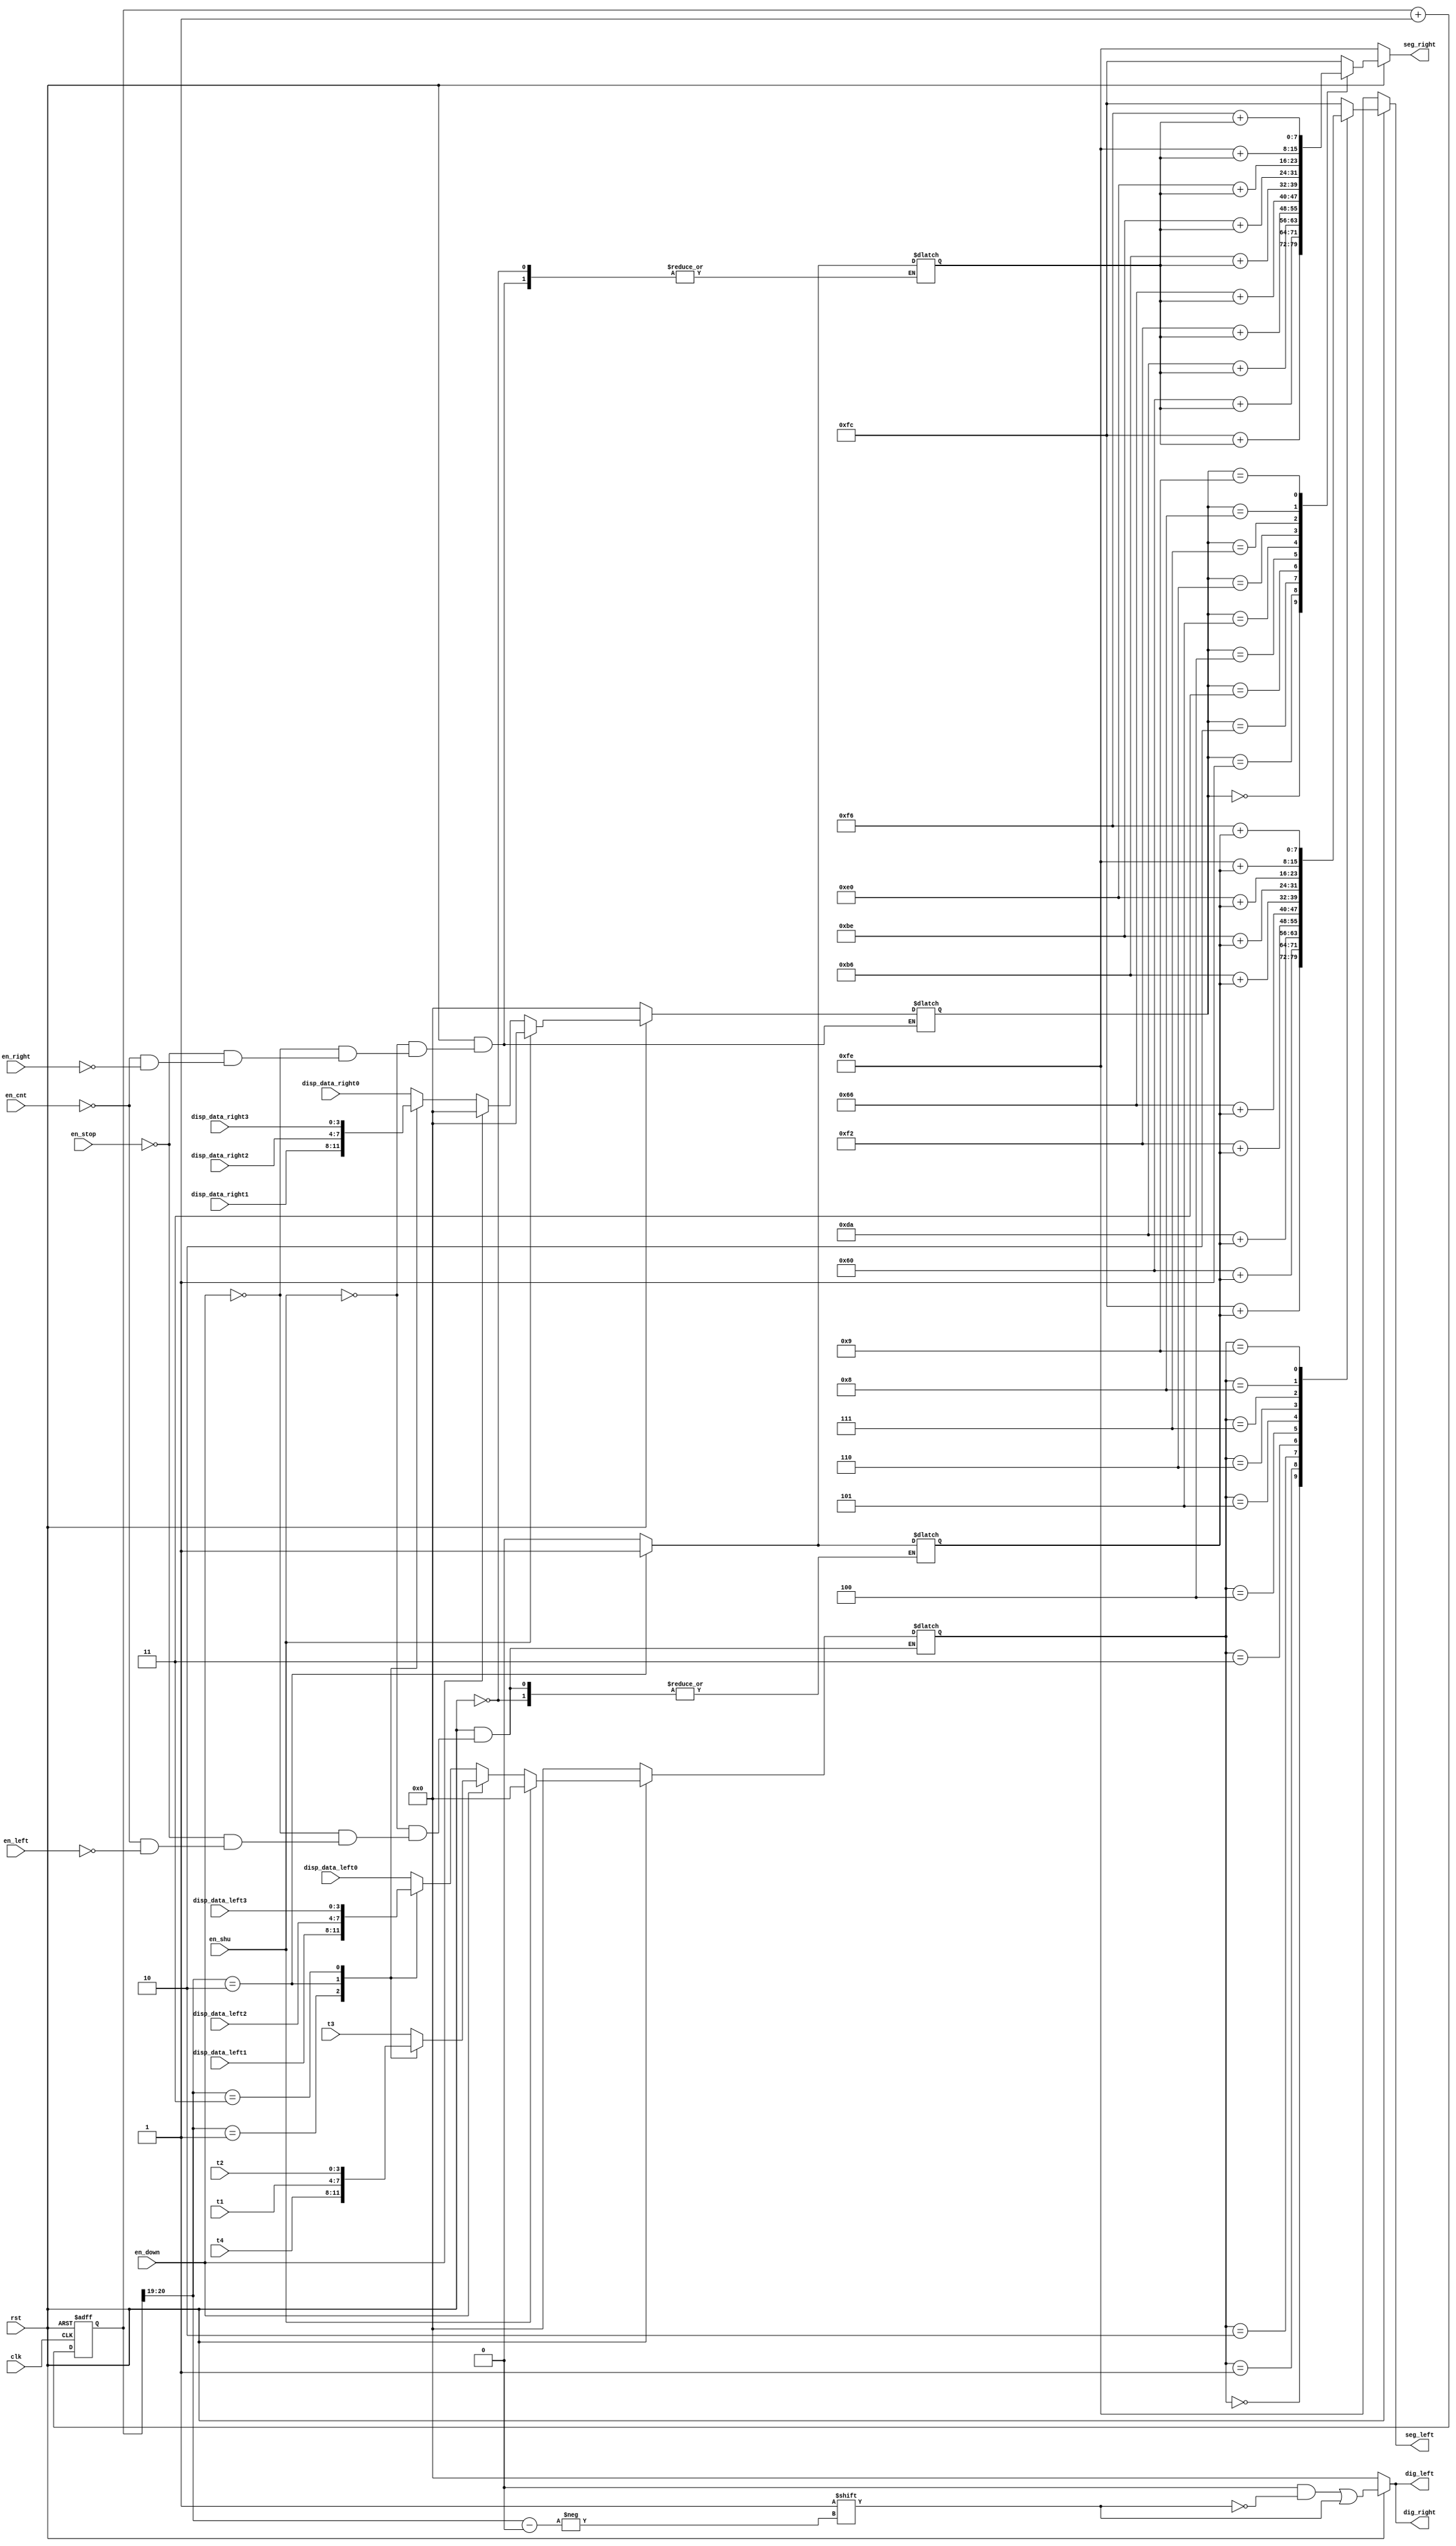
`timescale 1ns / 1ps
module digi_display(
    input clk,
    input rst,
    
    input [3:0] disp_data_right0,//
    input [3:0] disp_data_right1,
    input [3:0] disp_data_right2,
    input [3:0] disp_data_right3,
    input [3:0] disp_data_left0,//
    input [3:0] disp_data_left1,
    input [3:0] disp_data_left2,
    input [3:0] disp_data_left3,
    
    input en_shu,//
    input en_down,//
    input en_stop,//
    input en_cnt,//
    input en_right,//
    input en_left,//
    
    input [3:0]t1, //1s    
    input [3:0]t2, //10s   
    input [3:0]t3, //0.01s 
    input [3:0]t4, //0.1s   
    
    output reg [7:0] seg_right,//
    output reg [3:0] dig_right,//
    output reg [7:0] seg_left,//
    output reg [3:0] dig_left//
    );
    
    reg [20:0] clk_divider;
    always @ (posedge clk or negedge rst)begin
        if (!rst)
            clk_divider<=21'd0;
        else
            clk_divider<=clk_divider+1;
    end
    

    wire  [1:0]bitcnt_right; 
    assign bitcnt_right=clk_divider[20:19];
    wire  [1:0]bitcnt_left; 
    assign bitcnt_left=clk_divider[20:19];
    
    reg [3:0] digit_right;
    always @* begin
        if (!rst)
            dig_right=4'd0;
        else begin
            dig_right=4'd0;
            dig_right[bitcnt_right]=1;
        end
    end
    
    reg [3:0] digit_left;
    always @* begin
        if (!rst)
            dig_left=4'd0;
        else begin
            dig_left=4'd0;
            dig_left[bitcnt_left]=1;
        end
    end
    
    //
    reg [7:0] decimal_point_right=8'b00000000;
    reg [7:0] decimal_point_left=8'b00000000;
    
    always @* 
        if (!rst) 
            digit_right<=4'd0;
            
        else if(en_shu) 

            case(bitcnt_right)
                2'd0:
                    begin
                    digit_right<=0;
                    decimal_point_right<=8'b00000000;
                    end
                2'd1:
                    begin
                    digit_right<=0;
                    decimal_point_right<=8'b00000000;
                    end
                2'd2:
                    begin
                    digit_right<=0;
                    decimal_point_right<=8'b00000001;
                    end
                2'd3:
                    begin
                    digit_right<=0;
                    decimal_point_right<=8'b00000000;
                    end
                default:digit_right<=4'd0;
            endcase
            
        else if(en_down) 

            case(bitcnt_right)
                2'd0:
                    begin
                    digit_right<=0;
                    decimal_point_right<=8'b00000000;
                    end
                2'd1:
                    begin
                    digit_right<=0;
                    decimal_point_right<=8'b00000000;
                    end
                2'd2:
                    begin
                    digit_right<=0;
                    decimal_point_right<=8'b00000001;
                    end
                2'd3:
                    begin
                    digit_right<=0;
                    decimal_point_right<=8'b00000000;
                    end
                default:digit_right<=4'd0;
            endcase
            
           else if(en_stop) 
           case(bitcnt_right)
                2'd0:
                    begin
                    digit_right<=disp_data_right0;
                    decimal_point_right<=8'b00000000;
                    end
                2'd1:
                    begin
                    digit_right<=disp_data_right1;
                    decimal_point_right<=8'b00000000;
                    end
                2'd2:
                    begin
                    digit_right<=disp_data_right2;
                    decimal_point_right<=8'b00000001;
                    end
                2'd3:
                    begin
                    digit_right<=disp_data_right3;
                    decimal_point_right<=8'b00000000;
                    end
                default:digit_right<=4'd0;
            endcase
            
            else if(en_cnt) 
           case(bitcnt_right)
                2'd0:
                    begin
                    digit_right<=disp_data_right0;
                    decimal_point_right<=8'b00000000;
                    end
                2'd1:
                    begin
                    digit_right<=disp_data_right1;
                    decimal_point_right<=8'b00000000;
                    end
                2'd2:
                    begin
                    digit_right<=disp_data_right2;
                    decimal_point_right<=8'b00000001;
                    end
                2'd3:
                    begin
                    digit_right<=disp_data_right3;
                    decimal_point_right<=8'b00000000;
                    end
                default:digit_right<=4'd0;
            endcase
            
           else if(en_right) 

            case(bitcnt_right)
                2'd0:
                    begin
                    digit_right<=disp_data_right0;
                    decimal_point_right<=8'b00000000;
                    end
                2'd1:
                    begin
                    digit_right<=disp_data_right1;
                    decimal_point_right<=8'b00000000;
                    end
                2'd2:
                    begin
                    digit_right<=disp_data_right2;
                    decimal_point_right<=8'b00000001;
                    end
                2'd3:
                    begin
                    digit_right<=disp_data_right3;
                    decimal_point_right<=8'b00000000;
                    end
                default:digit_right<=4'd0;
            endcase
            
    
    
    
    always @* 
        if (!rst) 
            digit_left<=4'd0;
            
        else if(en_shu) 

            case(bitcnt_left)
                2'd0:
                    begin
                    digit_left<=0;
                    decimal_point_left<=8'b00000000;
                    end
                2'd1:
                    begin
                    digit_left<=0;
                    decimal_point_left<=8'b00000000;
                    end
                2'd2:
                    begin
                    digit_left<=0;
                    decimal_point_left<=8'b00000001;
                    end
                2'd3:
                    begin
                    digit_left<=0;
                    decimal_point_left<=8'b00000000;
                    end
                default:digit_left<=4'd0;
            endcase
            
        else if(en_down) 

            case(bitcnt_left)
                2'd0:
                    begin
                    digit_left<=t3;
                    decimal_point_left<=8'b00000000;
                    end
                2'd1:
                    begin
                    digit_left<=t4;
                    decimal_point_left<=8'b00000000;
                    end
                2'd2:
                    begin
                    digit_left<=t1;
                    decimal_point_left<=8'b00000001;
                    end
                2'd3:
                    begin
                    digit_left<=t2;
                    decimal_point_left<=8'b00000000;
                    end
                default:digit_left<=4'd0;
            endcase
            
        else if(en_stop) 

            case(bitcnt_left)
                2'd0:
                    begin
                    digit_left<=disp_data_left0;
                    decimal_point_left<=8'b00000000;
                    end
                2'd1:
                    begin
                    digit_left<=disp_data_left1;
                    decimal_point_left<=8'b00000000;
                    end
                2'd2:
                    begin
                    digit_left<=disp_data_left2;
                    decimal_point_left<=8'b00000001;
                    end
                2'd3:
                    begin
                    digit_left<=disp_data_left3;
                    decimal_point_left<=8'b00000000;
                    end
                default:digit_left<=4'd0;
                endcase
            
            else if(en_cnt) 

            case(bitcnt_left)
                2'd0:
                    begin
                    digit_left<=disp_data_left0;
                    decimal_point_left<=8'b00000000;
                    end
                2'd1:
                    begin
                    digit_left<=disp_data_left1;
                    decimal_point_left<=8'b00000000;
                    end
                2'd2:
                    begin
                    digit_left<=disp_data_left2;
                    decimal_point_left<=8'b00000001;
                    end
                2'd3:
                    begin
                    digit_left<=disp_data_left3;
                    decimal_point_left<=8'b00000000;
                    end
                default:digit_left<=4'd0;
                endcase
            
        else if(en_left) 

            case(bitcnt_left)
                2'd0:
                    begin
                    digit_left<=disp_data_left0;
                    decimal_point_left<=8'b00000000;
                    end
                2'd1:
                    begin
                    digit_left<=disp_data_left1;
                    decimal_point_left<=8'b00000000;
                    end
                2'd2:
                    begin
                    digit_left<=disp_data_left2;
                    decimal_point_left<=8'b00000001;
                    end
                2'd3:
                    begin
                    digit_left<=disp_data_left3;
                    decimal_point_left<=8'b00000000;
                    end
                default:digit_left<=4'd0;
            endcase
            
    
    
    //
    always @(*)begin
    if (!rst) 
        seg_right=8'b11111110;
        
    else
        
        case(digit_right)
        0:seg_right=8'b11111100+decimal_point_right;
        1:seg_right=8'b01100000+decimal_point_right;
        2:seg_right=8'b11011010+decimal_point_right;
        3:seg_right=8'b11110010+decimal_point_right;
        4:seg_right=8'b01100110+decimal_point_right;
        5:seg_right=8'b10110110+decimal_point_right;
        6:seg_right=8'b10111110+decimal_point_right;
        7:seg_right=8'b11100000+decimal_point_right;
        8:seg_right=8'b11111110+decimal_point_right;
        9:seg_right=8'b11110110+decimal_point_right;
        default:seg_right=8'b11111100;
        endcase
        
    end
    
    always @(*)begin
    if (!rst) 
        seg_left=8'b11111110;
        
    else    
        
        case(digit_left)
        0:seg_left=8'b11111100+decimal_point_left;
        1:seg_left=8'b01100000+decimal_point_left;
        2:seg_left=8'b11011010+decimal_point_left;
        3:seg_left=8'b11110010+decimal_point_left;
        4:seg_left=8'b01100110+decimal_point_left;
        5:seg_left=8'b10110110+decimal_point_left;
        6:seg_left=8'b10111110+decimal_point_left;
        7:seg_left=8'b11100000+decimal_point_left;
        8:seg_left=8'b11111110+decimal_point_left;
        9:seg_left=8'b11110110+decimal_point_left;
        default:seg_left=8'b11111100;
        endcase
        
    end
endmodule